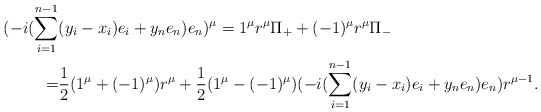
\begin{align*} (-i(\sum_{i=1}^{n-1}&(y_i-x_i)e_i+y_ne_n)e_n)^\mu=1^\mu r^\mu\Pi_++(-1)^\mu r^\mu\Pi_- \\ =&\frac{1}{2}(1^\mu +(-1)^\mu)r^\mu +\frac{1}{2}(1^\mu -(-1)^\mu)(-i{(\sum_{i=1}^{n-1}(y_i-x_i)e_i+y_ne_n)e_n})r^{\mu-1} .\end{align*}